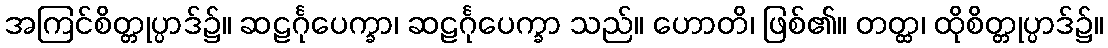
အကြင်စိတ္တုပ္ပာဒ်၌။ ဆဠင်္ဂုပေက္ခာ၊ ဆဠင်္ဂုပေက္ခာ သည်။ ဟောတိ၊ ဖြစ်၏။ တတ္ထ၊ ထိုစိတ္တုပ္ပာဒ်၌။